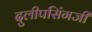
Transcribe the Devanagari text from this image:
दुलीपसिंगजी